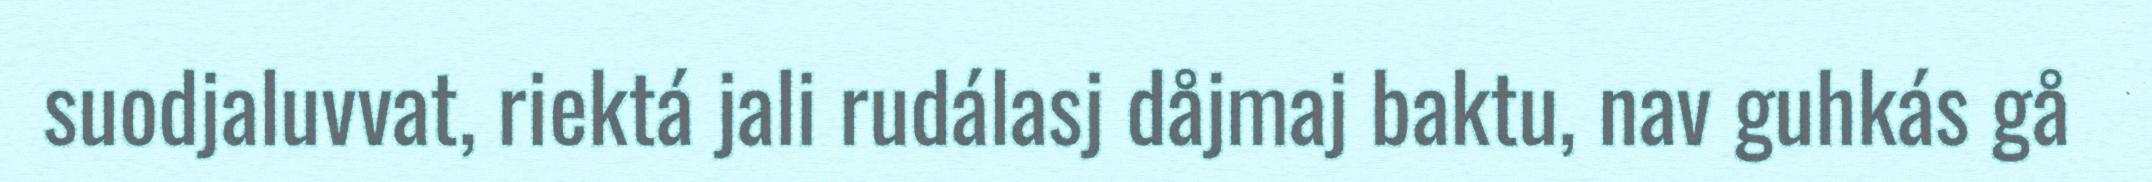
suodjaluvvat, riektá jali rudálasj dåjmaj baktu, nav guhkás gå